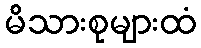
မိသားစုများထံ